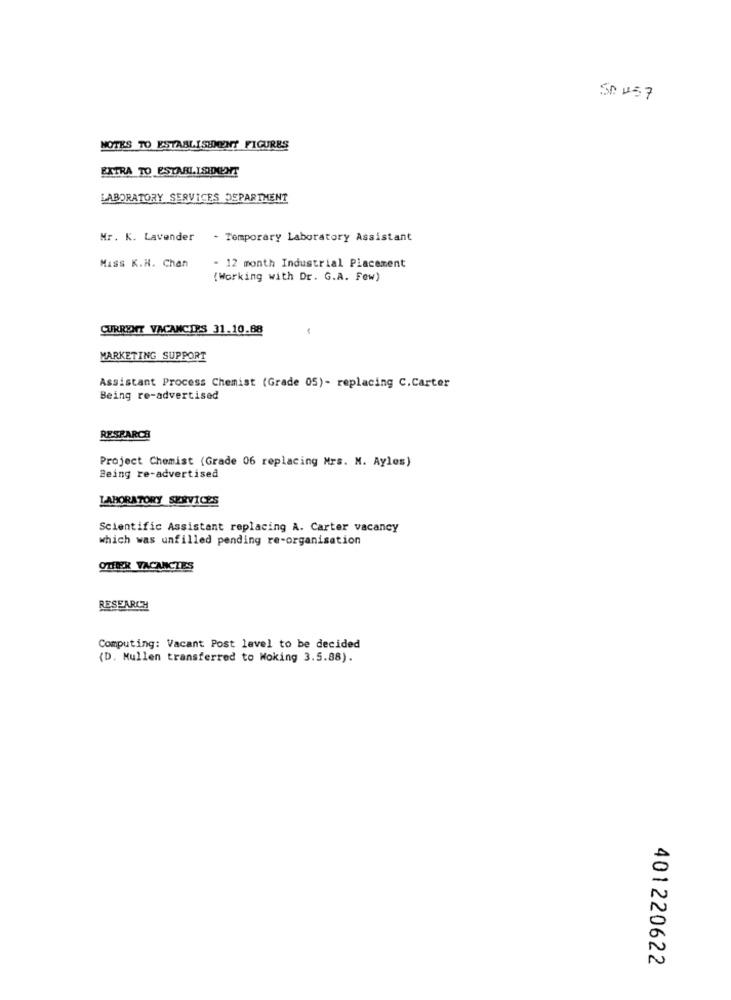
S0 457
NOTES TO ESTABLISHDONT FIGURES
EXTRA TO ESTABLISHDONT
LABORATORY SERVICES DEPARTMENT
Mr. K. Lavender - Temporary Laboratory Assistant
Miss K.H. Chan
- 12 month Industrial Placement
(Working with Dr. G.A. Few)
CURRENT VACANCIES 31.10.88
MARKETING SUPPORT
Assistant Process Chemist (Grade 05)- replacing C.Carter
Being re-advertised
RESEARCH
Project Chemist (Grade 06 replacing Mrs. N. Ayles)
Being re-advertised
LABORATORY SERVICES
Scientific Assistant replacing A. Carter vacancy
which was unfilled pending re-organisation
OTHER VACANCIES
RESEARCH
Computing: Vacant Post level to be decided
{D. Mullen transferred to Woking 3.5.88).
401220622